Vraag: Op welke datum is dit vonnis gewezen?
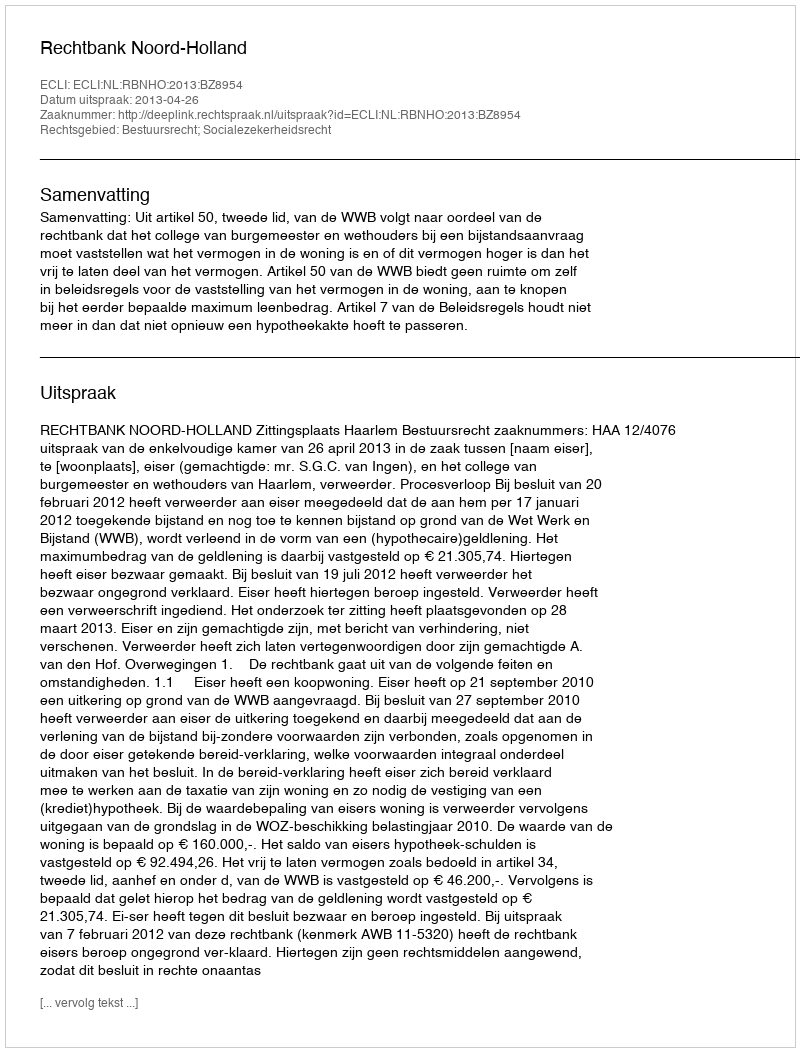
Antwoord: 2013-04-26